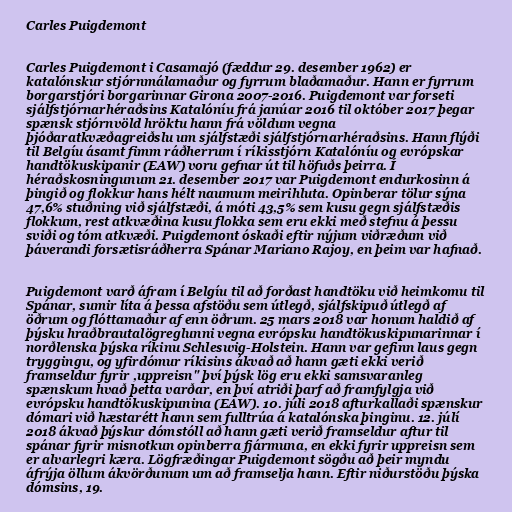
Carles Puigdemont

Carles Puigdemont i Casamajó (fæddur 29. desember 1962) er
katalónskur stjórnmálamaður og fyrrum blaðamaður. Hann er fyrrum
borgarstjóri borgarinnar Girona 2007-2016. Puigdemont var forseti
sjálfstjórnarhéraðsins Katalóníu frá janúar 2016 til október 2017 þegar
spænsk stjórnvöld hröktu hann frá völdum vegna
þjóðaratkvæðagreiðslu um sjálfstæði sjálfstjórnarhéraðsins. Hann flýði
til Belgíu ásamt fimm ráðherrum í ríkisstjórn Katalóníu og evrópskar
handtökuskipanir (EAW) voru gefnar út til höfuðs þeirra. Í
héraðskosningunum 21. desember 2017 var Puigdemont endurkosinn á
þingið og flokkur hans hélt naumum meirihluta. Opinberar tölur sýna
47,6% stuðning við sjálfstæði, á móti 43,5% sem kusu gegn sjálfstæðis
flokkum, rest atkvæðina kusu flokka sem eru ekki með stefnu á þessu
sviði og tóm atkvæði. Puigdemont óskaði eftir nýjum viðræðum við
þáverandi forsætisráðherra Spánar Mariano Rajoy, en þeim var hafnað.

Puigdemont varð áfram í Belgíu til að forðast handtöku við heimkomu til
Spánar, sumir líta á þessa afstöðu sem útlegð, sjálfskipuð útlegð af
öðrum og flóttamaður af enn öðrum. 25 mars 2018 var honum haldið af
þýsku hraðbrautalögreglunni vegna evrópsku handtökuskipunarinnar í
norðlenska þýska ríkinu Schleswig-Holstein. Hann var gefinn laus gegn
tryggingu, og yfirdómur ríkisins ákvað að hann gæti ekki verið
framseldur fyrir ,uppreisn" því þýsk lög eru ekki samsvaranleg
spænskum hvað þetta varðar, en því atriði þarf að framfylgja við
evrópsku handtökuskipunina (EAW). 10. júli 2018 afturkallaði spænskur
dómari við hæstarétt hann sem fulltrúa á katalónska þinginu. 12. júlí
2018 ákvað þýskur dómstóll að hann gæti verið framseldur aftur til
spánar fyrir misnotkun opinberra fjármuna, en ekki fyrir uppreisn sem
er alvarlegri kæra. Lögfræðingar Puigdemont sögðu að þeir myndu
áfrýja öllum ákvörðunum um að framselja hann. Eftir niðurstöðu þýska
dómsins, 19.